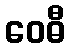
ဝေဓီ